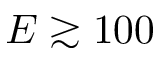
E \gtrsim 1 0 0